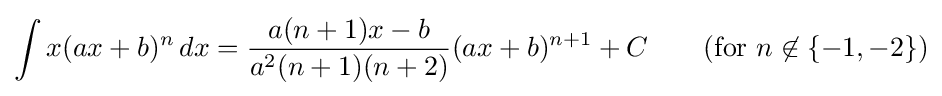
\int x(ax+b)^{n}\,dx={\frac {a(n+1)x-b}{a^{2}(n+1)(n+2)}}(ax+b)^{n+1}+C\qquad {\text{(for }}n\not \in \{-1,-2\}{\mbox{)}}